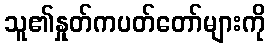
သူ၏နှုတ်ကပတ်တော်များကို